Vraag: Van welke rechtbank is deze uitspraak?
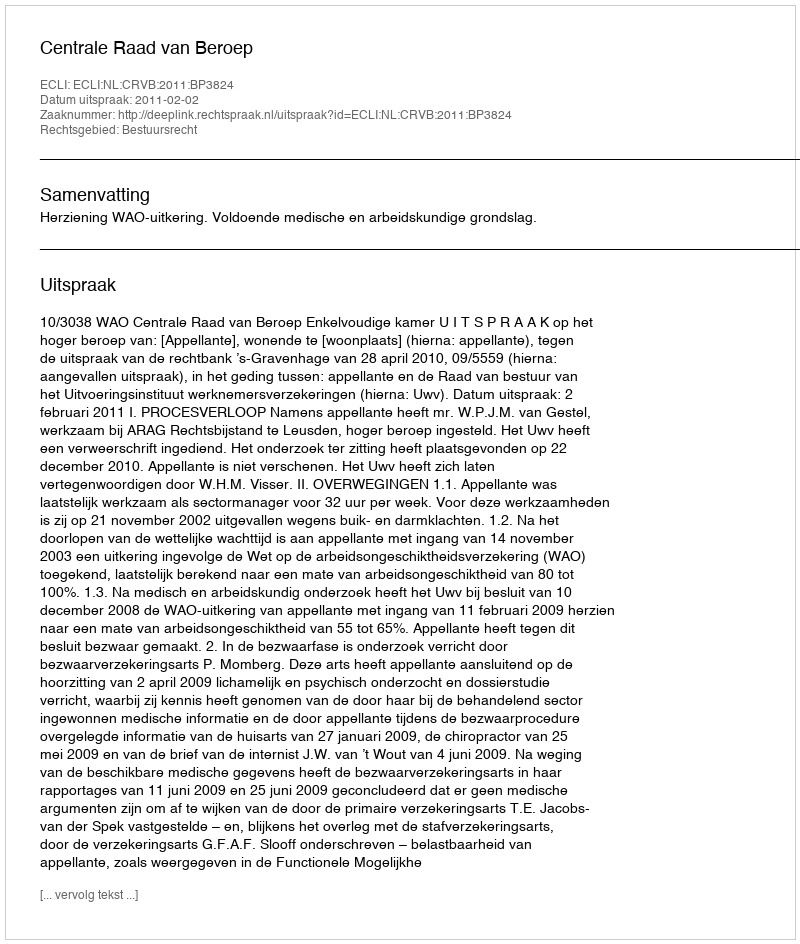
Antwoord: Centrale Raad van Beroep